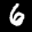
Label: 6